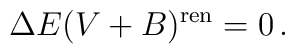
\Delta E(V+B)^{\rm ren} =0 \,.